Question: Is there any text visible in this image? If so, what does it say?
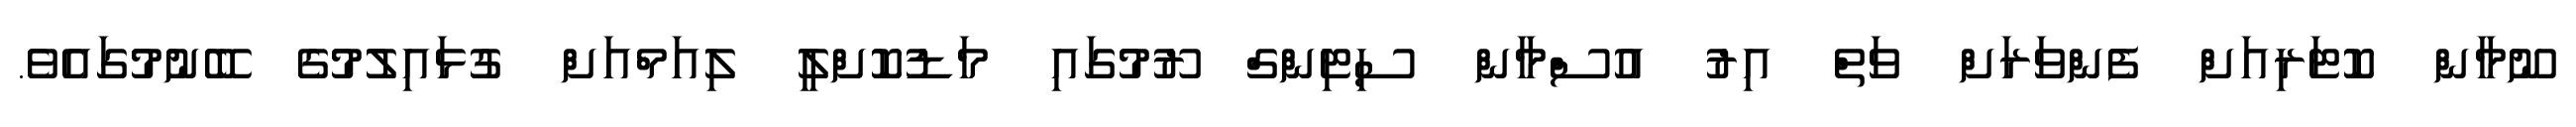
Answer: ނޫމާން ކޮޓަރިއަށް ފެންވަރަށް ވަތް އިރު އުސްމާން ސިޓިންގް ރޫމުގައި މަޑުކޮށްލީ ލިއަމްއަށް ގުޅައިލުމުގެ ބޭނުމުގައެވެ.